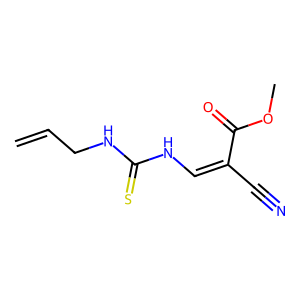
SMILES: C=CCNC(=S)NC=C(C#N)C(=O)OC
Inhibits HIV replication: No